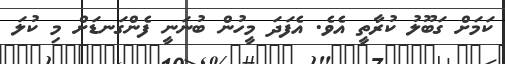
ކަމަށް ގަބޫލު ކުރާތީ އެވެ. އެފަދަ މީހުން ބުނަނީ ފެންގަނޑަށް މި ކުލަ